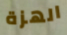
الهزة